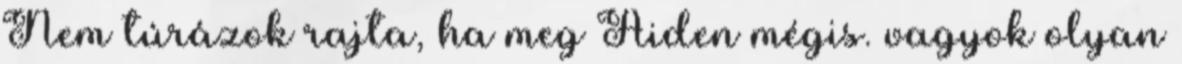
Nem túrázok rajta, ha meg Aiden mégis. vagyok olyan